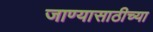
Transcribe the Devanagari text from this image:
जाण्यासाठीच्या